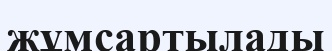
жұмсартылады